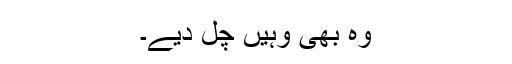
وہ بھی وہیں چل دیے۔